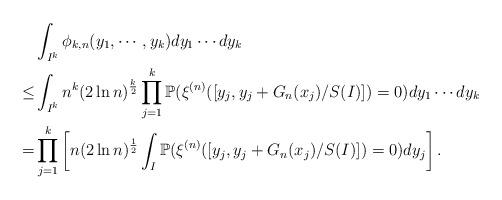
LaTeX: \begin{align*}&\int_{I^k}\phi_{k,n}(y_1,\cdots,y_k)dy_1\cdots dy_k\\ \leq&\int_{I^k}n^k(2\ln n)^{\frac{k}{2}}\prod_{j=1}^k\mathbb{P}(\xi^{(n)}([y_j,y_j+G_n(x_j)/S(I)])=0)dy_1\cdots dy_k\\ =&\prod_{j=1}^k\left[n(2\ln n)^{\frac{1}{2}}\int_{I}\mathbb{P}(\xi^{(n)}([y_j,y_j+G_n(x_j)/S(I)])=0)dy_j\right].\end{align*}